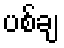
ပစ်ချ